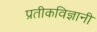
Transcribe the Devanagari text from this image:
प्रतीकविज्ञानी